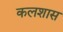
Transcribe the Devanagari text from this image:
कलशास